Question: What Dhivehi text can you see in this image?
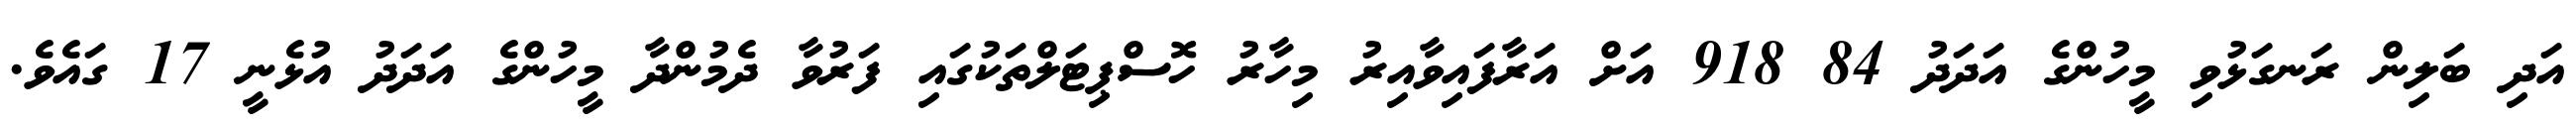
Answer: އަދި ބަލިން ރަނގަޅުވި މީހުންގެ އަދަދު 84 918 އަށް އަރާފައިވާއިރު މިހާރު ހޮސްޕިޓަލްތަކުގައި ފަރުވާ ދެމުންދާ މީހުންގެ އަދަދު އުޅެނީ 17 ގައެވެ.